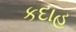
કદાહ